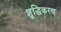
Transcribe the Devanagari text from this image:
शु्द्धिकरण